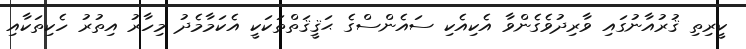
ކީރިތި ޤުރުއާނުގައި ވާރިދުވެގެންވާ އެކިއެކި ސައެންސްގެ ޙަޤީޤަތްތަކަކީ އެކަމާމެދު މިހާރު އިތުރު ހެކިތަކާއި